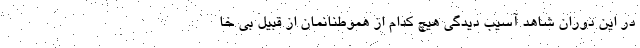
در این دوران شاهد آسیب دیدگی هیچ کدام از هموطنانمان از قبیل بی خا